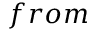
f r o m